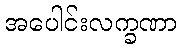
အပေါင်းလက္ခဏာ